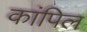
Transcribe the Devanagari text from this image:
कांपिल